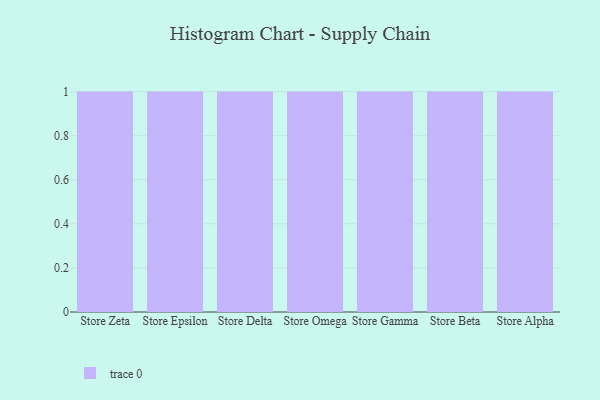
{"axis": {"x": "Store", "y": "Page Views"}, "legend": [""], "data": [{"x": "Store Zeta", "y": 96, "type": ""}, {"x": "Store Epsilon", "y": 16, "type": ""}, {"x": "Store Delta", "y": 5, "type": ""}, {"x": "Store Omega", "y": 3, "type": ""}, {"x": "Store Gamma", "y": 37, "type": ""}, {"x": "Store Beta", "y": 52, "type": ""}, {"x": "Store Alpha", "y": 50, "type": ""}]}